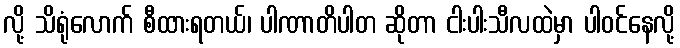
လို့ သိရုံလောက် စီထားရတယ်၊ ပါဏာတိပါတ ဆိုတာ ငါးပါးသီလထဲမှာ ပါဝင်နေလို့